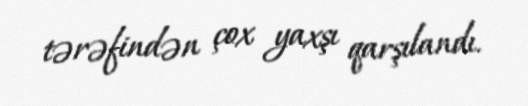
tərəfindən çox yaxşı qarşılandı.